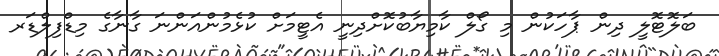
ބަލޮޓޮލީ ދިން ޕާހަކުން މި ގޯލް ކާމިޔާބުކޮށްދިނީ އެޓީމަށް ކުޅެމުންއަންނަ ގާނާގެ މިޑްފިލްޑަރ